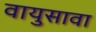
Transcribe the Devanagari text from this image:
वायुसावा